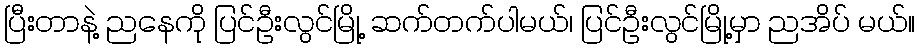
ပြီးတာနဲ့ ညနေကို ပြင်ဦးလွင်မြို့ ဆက်တက်ပါမယ်၊ ပြင်ဦးလွင်မြို့မှာ ညအိပ် မယ်။